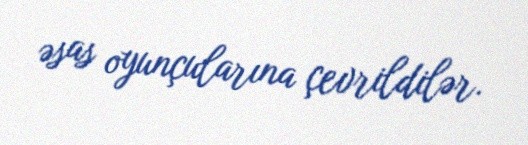
əsas oyunçularına çevrildilər.